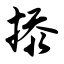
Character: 掭